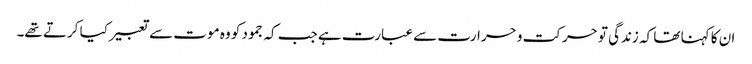
ان کا کہنا تھا کہ زندگی تو حرکت و حرارت سے عبارت ہے جب کہ جمود کو وہ موت سے تعبیر کیا کرتے تھے۔